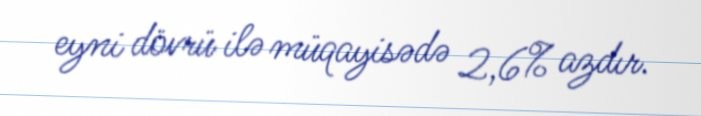
eyni dövrü ilə müqayisədə 2,6% azdır.